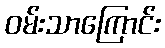
ဝမ်းသာကြောင်း